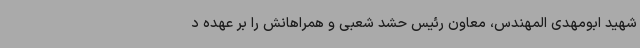
شهید ابومهدی المهندس، معاون رئیس حشد شعبی و همراهانش را بر عهده د